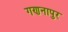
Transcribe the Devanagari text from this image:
गणनापुर